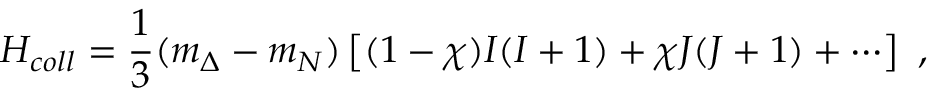
H _ { c o l l } = \frac { 1 } { 3 } ( m _ { \Delta } - m _ { N } ) \left[ ( 1 - \chi ) I ( I + 1 ) + \chi J ( J + 1 ) + \cdots \right] \ ,